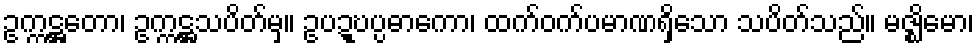
ဥက္ကဋ္ဌတော၊ ဥက္ကဋ္ဌသပိတ်မှ။ ဥပဍ္ဎပ္ပဓာကော၊ ထက်ဝက်ပမာဏရှိသော သပိတ်သည်။ မဇ္ဈိမော၊